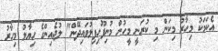
އެކަމަކު މިހާރު މިކަން މި ކުރަނީ މީހުން މުނިފޫހިފިލުވައިދޭން" ލުޖެއިންގެ ހިޔާލު މިހާރު